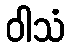
ဝါသံ